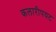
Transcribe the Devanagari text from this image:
कलारीपयट